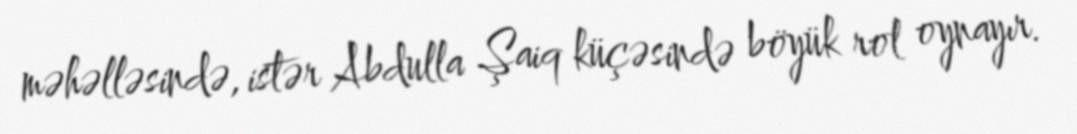
məhəlləsində, istər Abdulla Şaiq küçəsində böyük rol oynayır.